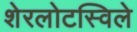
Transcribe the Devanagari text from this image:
शेरलोटस्विले